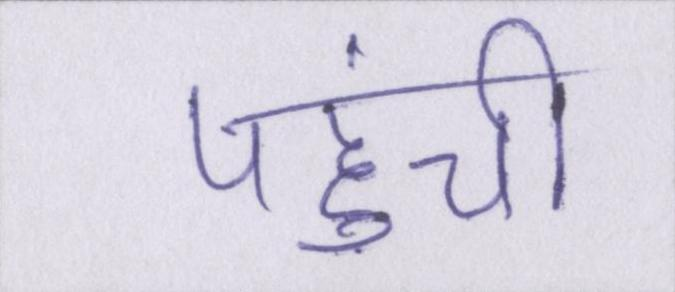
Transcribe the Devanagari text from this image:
पहुंची